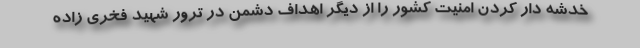
خدشه دار کردن امنیت کشور را از دیگر اهداف دشمن در ترور شهید فخری زاده